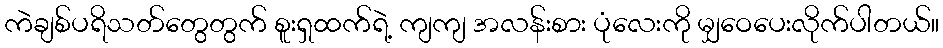
ကဲချစ်ပရိသတ်တွေတွက် စူးရှထက်ရဲ့ ကျကျ အလန်းစား ပုံလေးကို မျှဝေပေးလိုက်ပါတယ်။